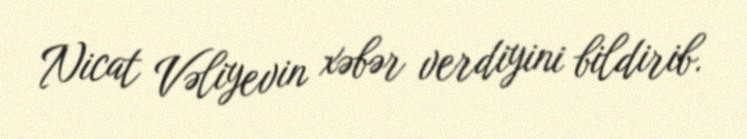
Nicat Vəliyevin xəbər verdiyini bildirib.